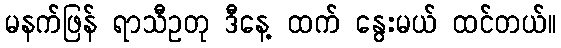
မနက်ဖြန် ရာသီဥတု ဒီနေ့ ထက် နွေးမယ် ထင်တယ်။